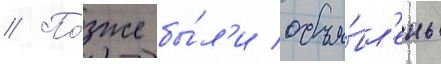
// По́зже бы́л'и объя́вл'ены